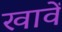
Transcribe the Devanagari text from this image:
खावें